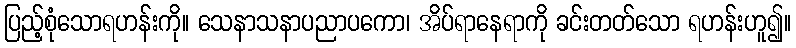
ပြည့်စုံသောရဟန်းကို။ သေနာသနာပညာပကော၊ အိပ်ရာနေရာကို ခင်းတတ်သော ရဟန်းဟူ၍။